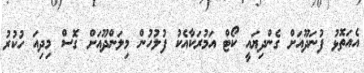
އެއަތޮޅު ފުނަދޫއަށް ގެންދިޔައީ ކޯޓް އަމުރަކާއެކު ފުލުހުން މިލަންދޫއަށް ގޮސް މިދިއަ ހުކުރު